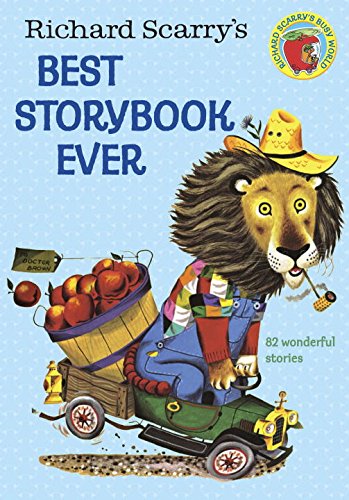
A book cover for Richard Scarry's Best Storybook Ever! (Giant Little Golden Book); Children's Books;